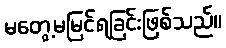
မတွေ့မမြင်ရခြင်းဖြစ်သည်။